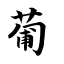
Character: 葡